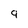
Character: 9